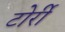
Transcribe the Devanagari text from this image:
टोर्री